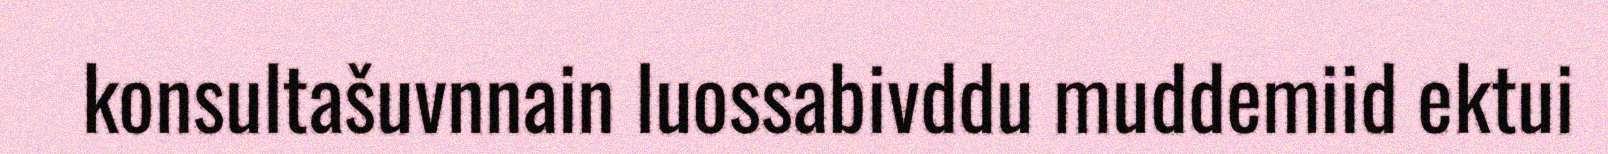
konsultašuvnnain luossabivddu muddemiid ektui